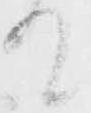
て